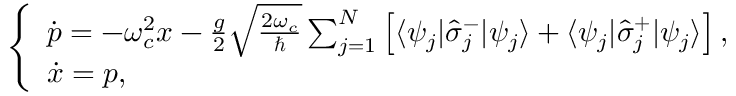
\begin{array} { r } { \left\{ \begin{array} { l l } { \dot { p } = - \omega _ { c } ^ { 2 } x - \frac { g } { 2 } \sqrt { \frac { 2 \omega _ { c } } { \hbar } } \sum _ { j = 1 } ^ { N } \left[ \langle \psi _ { j } | \hat { \sigma } _ { j } ^ { - } | \psi _ { j } \rangle + \langle \psi _ { j } | \hat { \sigma } _ { j } ^ { + } | \psi _ { j } \rangle \right] , } \\ { \dot { x } = p , } \end{array} \right. } \end{array}